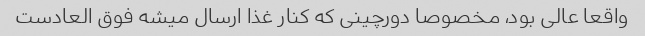
واقعا عالی بود، مخصوصا دورچینی که کنار غذا ارسال میشه فوق العادست